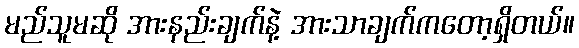
မည်သူမဆို အားနည်းချက်နဲ့ အားသာချက်ကတော့ရှိတယ်။